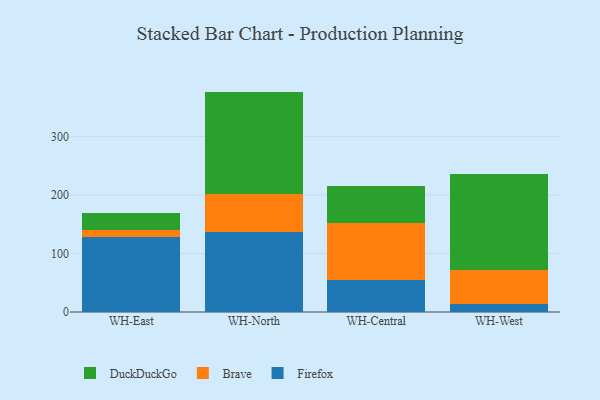
{"axis": {"x": "Warehouse", "y": "Shipments"}, "legend": ["Brave", "DuckDuckGo", "Firefox"], "data": [{"x": "WH-East", "y": 128.6, "type": "Firefox"}, {"x": "WH-East", "y": 12.4, "type": "Brave"}, {"x": "WH-East", "y": 28.7, "type": "DuckDuckGo"}, {"x": "WH-North", "y": 136.3, "type": "Firefox"}, {"x": "WH-North", "y": 64.8, "type": "Brave"}, {"x": "WH-North", "y": 175.8, "type": "DuckDuckGo"}, {"x": "WH-Central", "y": 54.7, "type": "Firefox"}, {"x": "WH-Central", "y": 97.2, "type": "Brave"}, {"x": "WH-Central", "y": 64.4, "type": "DuckDuckGo"}, {"x": "WH-West", "y": 13.5, "type": "Firefox"}, {"x": "WH-West", "y": 58.1, "type": "Brave"}, {"x": "WH-West", "y": 164.5, "type": "DuckDuckGo"}]}